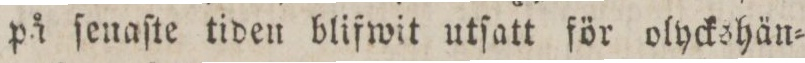
på ſeuaſte tiden blifwit utſatt för olyckshän=